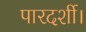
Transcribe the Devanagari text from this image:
पारदर्शी।